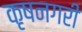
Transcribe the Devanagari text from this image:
कृषनगरी